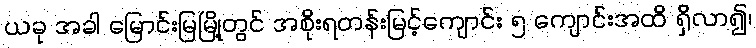
ယခု အခါ မြောင်းမြမြို့တွင် အစိုးရတန်းမြင့်ကျောင်း ၅ ကျောင်းအထိ ရှိလာ၍၊